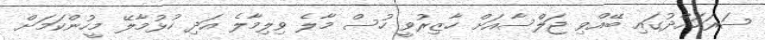
ސަރަހައްދުގައި ބޭއްވި ޖަލްސާއަށް ހާޒިރުވީ ހުސް މާލެ ވިލިމާލެ އަދި ހުޅުމާލޭ މީހުންކަމަށް